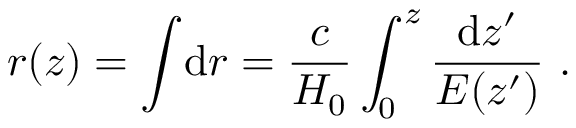
r ( z ) = \int \! \mathrm { d } r = \frac { c } { H _ { 0 } } \int _ { 0 } ^ { z } \frac { \mathrm { d } z ^ { \prime } } { E ( z ^ { \prime } ) } \, \, .